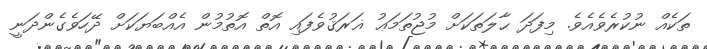
ތަކެއް ނުކުރެވެއެވެ. މިފަދަ ޙާލަތަކަށް މުޖުތަމަޢު ޣަރަޤުވެފައި އޮތް އޮތުމުން އެއްބަޔަކަށް ދޭހަވެގެންދަނީ